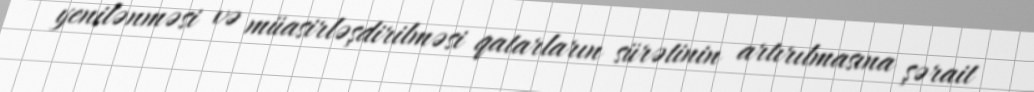
yenilənməsi və müasirləşdirilməsi qatarların sürətinin artırılmasına şərait